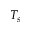
T _ { s }